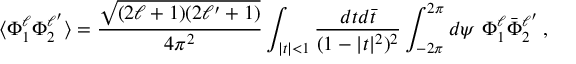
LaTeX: \langle \Phi _ { 1 } ^ { \ell } \Phi _ { 2 } ^ { \ell ^ { \prime } } \rangle = \frac { \sqrt { ( 2 \ell + 1 ) ( 2 \ell ^ { \prime } + 1 ) } } { 4 \pi ^ { 2 } } \int _ { | t | < 1 } \frac { d t d \bar { t } } { ( 1 - | t | ^ { 2 } ) ^ { 2 } } \int _ { - 2 \pi } ^ { 2 \pi } d \psi \ \Phi _ { 1 } ^ { \ell } \bar { \Phi } _ { 2 } ^ { \ell ^ { \prime } } \, ,